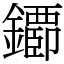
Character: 䥮